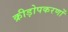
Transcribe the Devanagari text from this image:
क्रीड़ोपकरणों